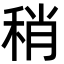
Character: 稍